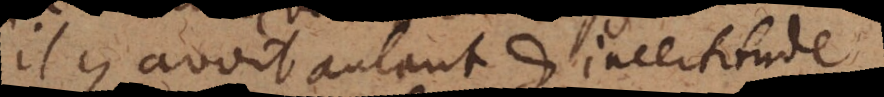
s’il y avoit autant d’incertitude